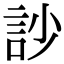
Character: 訬